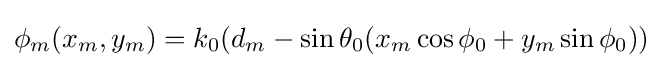
\phi _{m}(x_{m},y_{m})=k_{0}(d_{m}-\sin {\theta _{0}}(x_{m}\cos {\phi _{0}}+y_{m}\sin {\phi _{0}}))